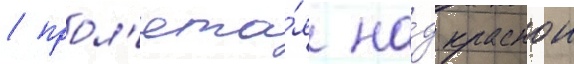
/ прол'ета́я на́д краснои